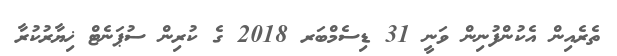
ތެރެއިން އެކުންފުނިން ވަނީ 31 ޑިސެމްބަރ 2018 ގެ ކުރިން ސުޕަނެޓް ޚިޔާރުކުރާ